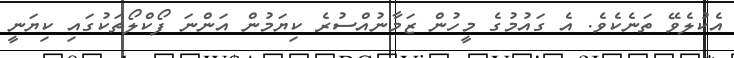
އެކުލެވޭ ތަނެކެވެ. އެ ގައުމުގެ މީހުން ޒަމާނުއްސުރެ ކިޔަމުން އަންނަ ފޯކްލޯތަކުގައި ކިޔަނީ